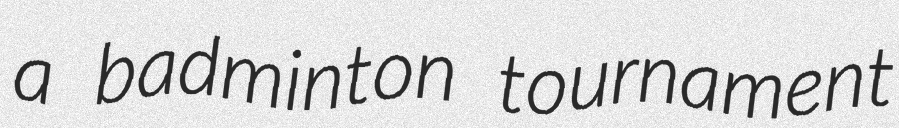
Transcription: a badminton tournament